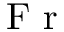
\textrm { F r }